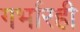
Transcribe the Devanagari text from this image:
गर्भारही